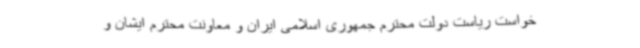
خواست ریاست دولت محترم جمهوری اسلامی ایران و معاونت محترم ایشان و